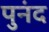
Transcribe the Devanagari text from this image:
पुनंद